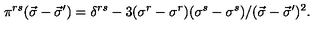
\pi ^ { r s } ( \vec { \sigma } - \vec { \sigma } ^ { \prime } ) = \delta ^ { r s } - 3 ( \sigma ^ { r } - \sigma ^ { r } ) ( \sigma ^ { s } - \sigma ^ { s } ) / ( \vec { \sigma } - \vec { \sigma } ^ { \prime } ) ^ { 2 } .